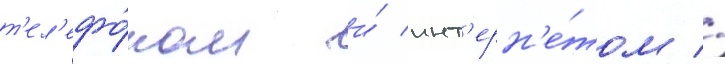
т'ел'ефо́ном и́ инт'ерн'е́том //